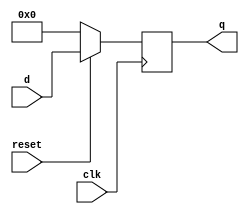
module parameterized_register #(
    parameter N = 8,                  // Bit-width of the register
    parameter RESET_ACTIVE = 1'b0     // Reset active (1'b0: active-low, 1'b1: active-high)
)(
    input  wire clk,                  // Clock signal
    input  wire reset,                // Reset signal
    input  wire [N-1:0] d,            // Input data signal
    output reg  [N-1:0] q             // Output data signal
);

    // Synchronous process
    always @(posedge clk) begin
        if (RESET_ACTIVE ? reset : !reset) begin
            q <= {N{1'b0}};             // Reset q to zero
        end else begin
            q <= d;                    // Update q with input d
        end
    end

endmodule